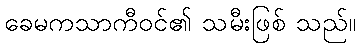
ခေမကသာကီဝင်၏ သမီးဖြစ် သည်။